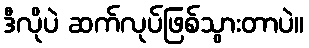
ဒီလိုပဲ ဆက်လုပ်ဖြစ်သွားတာပဲ။